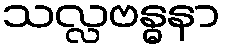
သလ္လဗန္ဓနာ